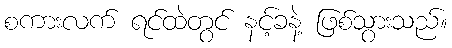
စကားလက် ရင်ထဲတွင် နင့်ခနဲ့ ဖြစ်သွားသည်။